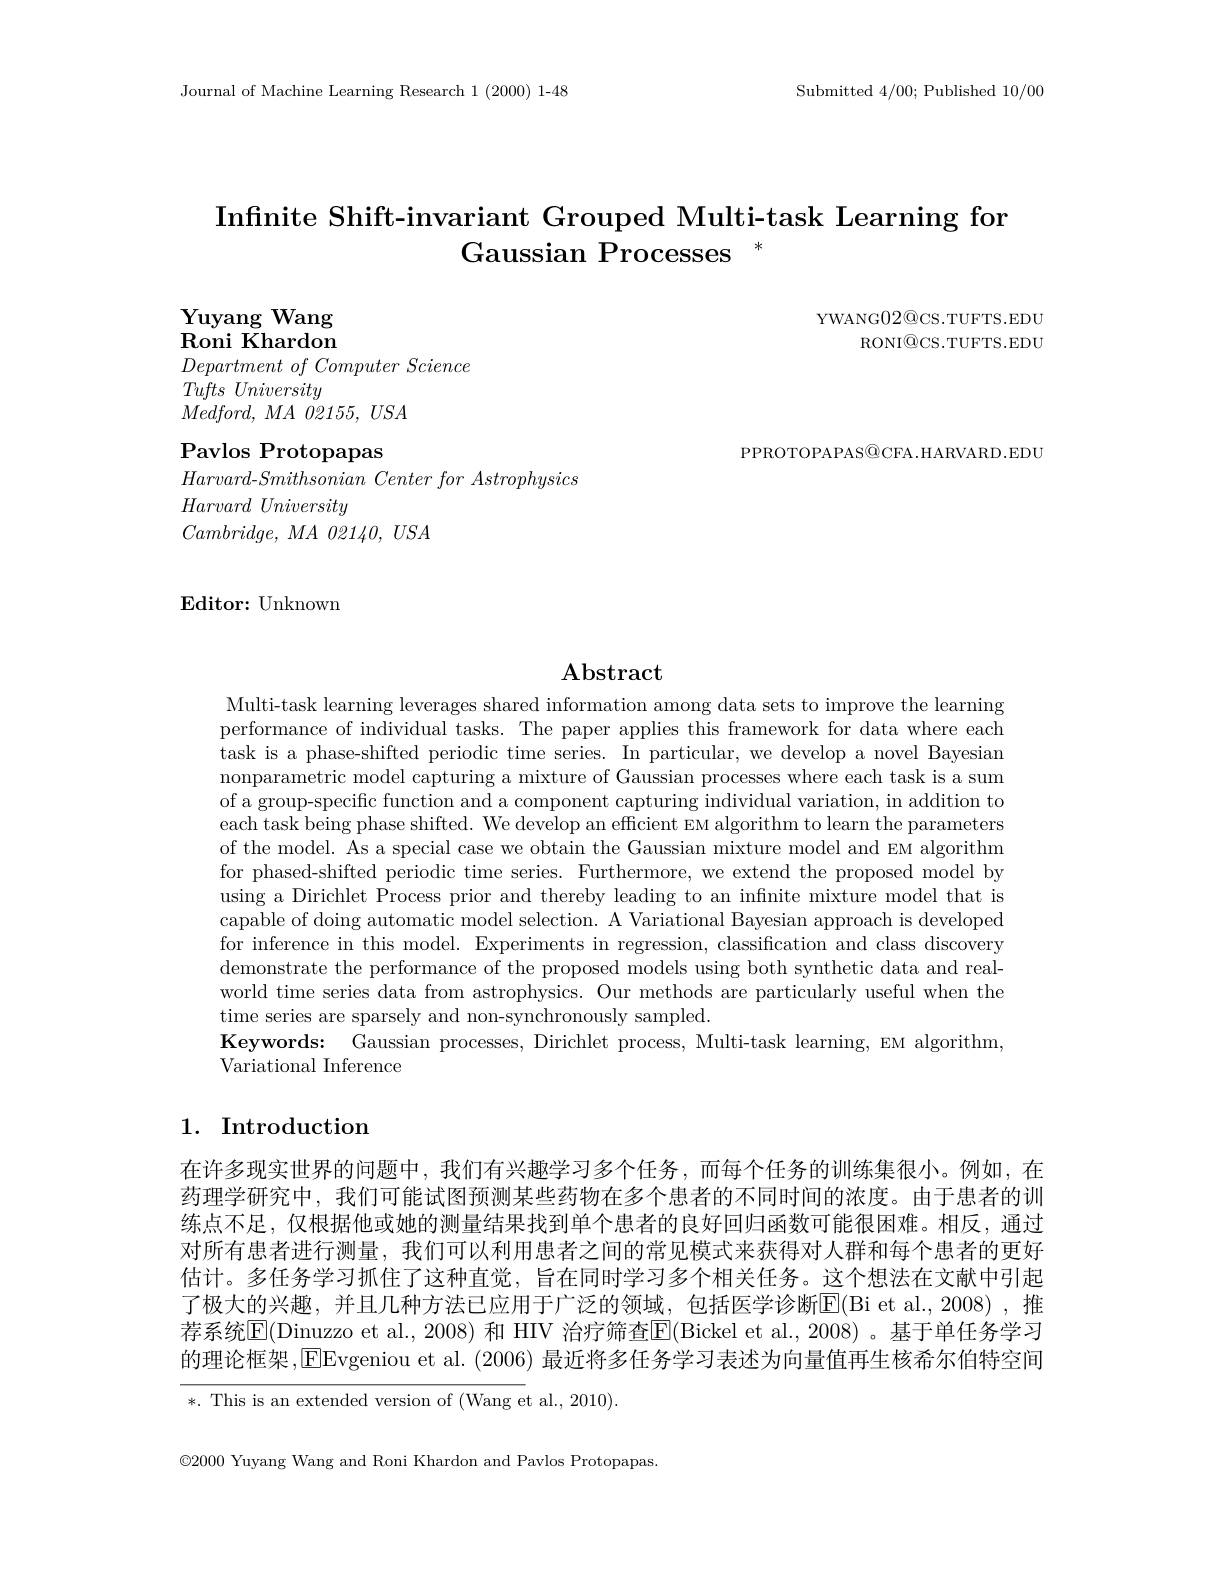
Journal of Machine Learning Research 1 (2000) 1-48

Submitted 4/00; Published 10/00

# Infnite Shift-invariant Grouped Multi-task Learning for Gaussian Processes $^*$

Yuyang Wang Roni Khardon

YWANG02@CS.TUFTS.EDU
RONI$\textcircled{\mathrm{Q}}$CS.TUFTS.EDU

$Department\textit{ of Computer Science}$
Tufts University
$Medford$, $MA$ 02155, $USA$

Pavlos Protopapas
Harvard-$Smithsonian\textit{ Center for Astrophysics}$
$Harvard\textit{ University}$
$Cambridge, MA$ 02140, $USA$

PPROTOPAPAS@CFA.HARVARD.EDU

$\mathbf{E}$ditor: Unknown

$\mathbf{Abstract}$

Multi-task learning leverages shared information among data sets to improve the learning performance of individual tasks. The paper applies this framework for data where each task is a phase-shifted periodic time series. In particular, we develop a novel Bayesian nonparametric model capturing a mixture of Gaussian processes where each task is a sum of a group-specific function and a component capturing individual variation, in addition to each task being phase shifted. We develop an efficient EM algorithm to learn the parameters of the model. As a special case we obtain the Gaussian mixture model and EM algorithm for phased-shifted periodic time series. Furthermore, we extend the proposed model by using a Dirichlet Process prior and thereby leading to an infnite mixture model that is capable of doing automatic model selection. A Variational Bayesian approach is developed for inference in this model. Experiments in regression, classification and class discovery demonstrate the performance of the proposed models using both synthetic data and realworld time series data from astrophysics. Our methods are particularly useful when the time series are sparsely and non-synchronously sampled.
Keywords: Gaussian processes, Dirichlet process, Multi-task learning, EM algorithm,
Variational Inference

## 1. Introduction

在许多现实世界的问题中，我们有兴趣学习多个任务，而每个任务的训练集很小。例如，在药理学研究中，我们可能试图预测某些药物在多个患者的不同时间的浓度。由于患者的训练点不足，仅根据他或她的测量结果找到单个患者的良好回归函数可能很困难。相反，通过对所有患者进行测量，我们可以利用患者之间的常见模式来获得对人群和每个患者的更好估计。多任务学习抓住了这种直觉，旨在同时学习多个相关任务。这个想法在文献中引起了极大的兴趣，并且几种方法已应用于广泛的领域，包括医学诊断E(Bi et al.,2008),推荐系统$\overline{\mathrm{E}}($Dinuzzo et al., 2008) 和 HIV 治疗筛查$\overline{\mathrm{E}}($Bickel et al., 2008) 。基于单任务学习的理论框架，[E]Evgeniou et al. (2006) 最近将多任务学习表述为向量值再生核希尔伯特空间

*. This is an extended version of (Wang et al., 2010)

$\textcircled{2}000$ Yuyang Wang and Roni Khardon and Pavlos Protopapas